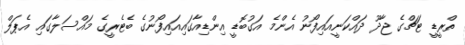
ތްރީޑީ ޓަޗްގެ ޖާދޫ ދައްކަނީއައިފޯނު އެންމެ އަގުބޮޑީ އިންޑިއާގައިއައިފޯނުގެ ބެޓެރީގެ މައްސަލާގައި އެޕަލް